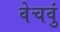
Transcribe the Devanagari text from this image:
वेचवुं